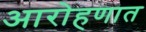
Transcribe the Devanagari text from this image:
आरोहणात